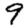
Digit: 9